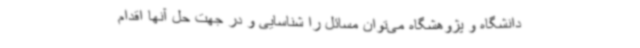
دانشگاه و پژوهشگاه می‌توان مسائل را شناسایی و در جهت حل آنها اقدام